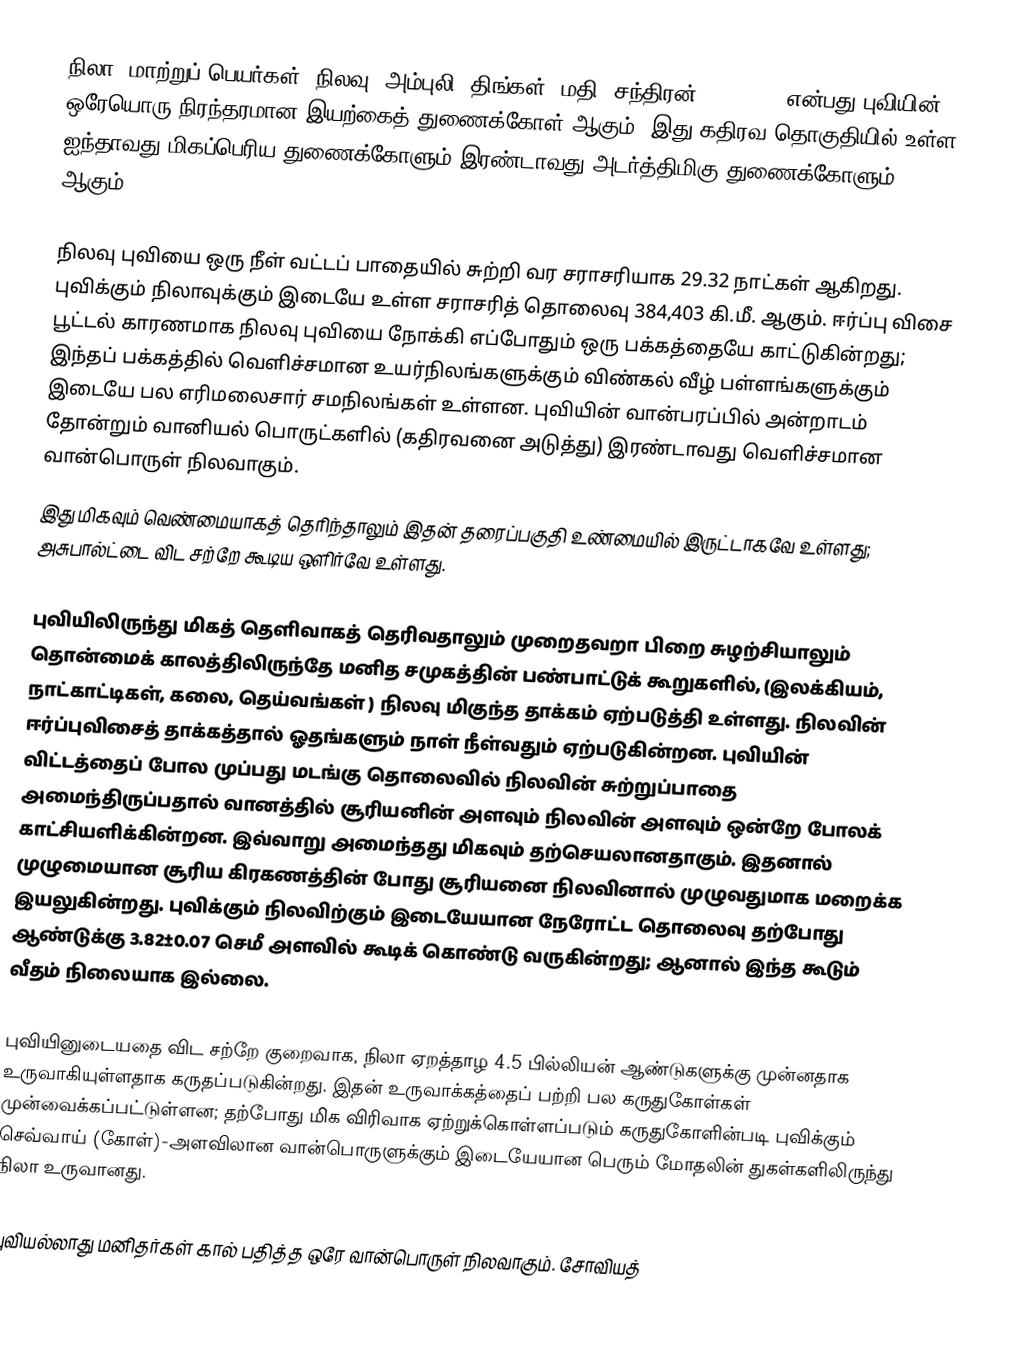
நிலா (மாற்றுப் பெயர்கள்: நிலவு, அம்புலி, திங்கள், மதி, சந்திரன்) (Moon, ) என்பது புவியின் ஒரேயொரு நிரந்தரமான இயற்கைத் துணைக்கோள் ஆகும். இது கதிரவ தொகுதியில் உள்ள ஐந்தாவது மிகப்பெரிய துணைக்கோளும் இரண்டாவது அடர்த்திமிகு துணைக்கோளும் ஆகும்.

நிலவு புவியை ஒரு நீள் வட்டப் பாதையில் சுற்றி வர சராசரியாக 29.32 நாட்கள் ஆகிறது.  புவிக்கும் நிலாவுக்கும் இடையே உள்ள சராசரித் தொலைவு 384,403 கி.மீ. ஆகும். ஈர்ப்பு விசை பூட்டல் காரணமாக நிலவு புவியை நோக்கி எப்போதும் ஒரு பக்கத்தையே காட்டுகின்றது; இந்தப் பக்கத்தில் வெளிச்சமான உயர்நிலங்களுக்கும் விண்கல் வீழ் பள்ளங்களுக்கும் இடையே பல எரிமலைசார் சமநிலங்கள் உள்ளன. புவியின் வான்பரப்பில் அன்றாடம் தோன்றும் வானியல் பொருட்களில் (கதிரவனை அடுத்து) இரண்டாவது வெளிச்சமான வான்பொருள் நிலவாகும்.
இது மிகவும் வெண்மையாகத் தெரிந்தாலும் இதன் தரைப்பகுதி உண்மையில் இருட்டாகவே உள்ளது; அசுபால்ட்டை விட சற்றே கூடிய ஒளிர்வே உள்ளது.

புவியிலிருந்து மிகத் தெளிவாகத் தெரிவதாலும் முறைதவறா பிறை சுழற்சியாலும் தொன்மைக் காலத்திலிருந்தே மனித சமுகத்தின் பண்பாட்டுக் கூறுகளில், (இலக்கியம்,  நாட்காட்டிகள், கலை, தெய்வங்கள் ) நிலவு மிகுந்த தாக்கம் ஏற்படுத்தி உள்ளது. நிலவின் ஈர்ப்புவிசைத் தாக்கத்தால் ஓதங்களும் நாள் நீள்வதும் ஏற்படுகின்றன. புவியின் விட்டத்தைப் போல முப்பது மடங்கு தொலைவில் நிலவின் சுற்றுப்பாதை அமைந்திருப்பதால் வானத்தில் சூரியனின் அளவும் நிலவின் அளவும் ஒன்றே போலக் காட்சியளிக்கின்றன. இவ்வாறு அமைந்தது மிகவும் தற்செயலானதாகும். இதனால் முழுமையான சூரிய கிரகணத்தின் போது சூரியனை நிலவினால் முழுவதுமாக  மறைக்க இயலுகின்றது. புவிக்கும் நிலவிற்கும் இடையேயான நேரோட்ட தொலைவு தற்போது ஆண்டுக்கு 3.82±0.07 செமீ அளவில் கூடிக் கொண்டு வருகின்றது; ஆனால் இந்த கூடும் வீதம் நிலையாக இல்லை.

புவியினுடையதை விட சற்றே குறைவாக, நிலா ஏறத்தாழ  4.5 பில்லியன் ஆண்டுகளுக்கு முன்னதாக உருவாகியுள்ளதாக கருதப்படுகின்றது. இதன் உருவாக்கத்தைப் பற்றி பல கருதுகோள்கள் முன்வைக்கப்பட்டுள்ளன; தற்போது மிக விரிவாக ஏற்றுக்கொள்ளப்படும் கருதுகோளின்படி புவிக்கும்  செவ்வாய் (கோள்)-அளவிலான வான்பொருளுக்கும் இடையேயான பெரும் மோதலின் துகள்களிலிருந்து நிலா உருவானது.

புவியல்லாது மனிதர்கள் கால் பதித்த ஒரே வான்பொருள் நிலவாகும். சோவியத்